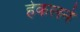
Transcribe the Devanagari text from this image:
हेकलने